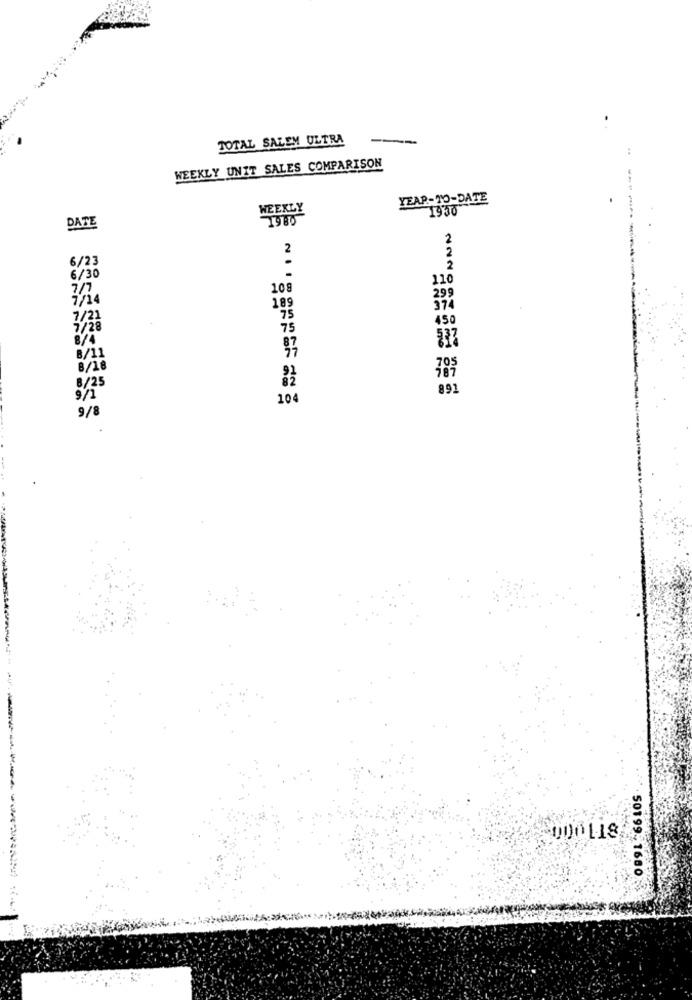
TOTAL SALEM ULTRA
---
WEEKLY UNIT SALES COMPARISON
YEAR-TO-DATE
WEEKLY
1930
DATE
2
2
2
6/23
6/30
110
108
1/14
299
189
7/21
450
75
8/11
70
8/18
8/25
187
891
9/1
104
9/
000 1-18
50199-1680.